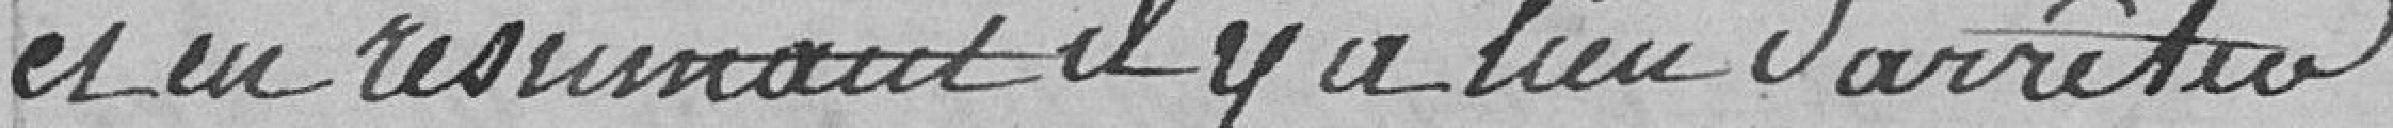
et en résumant il y a lieu d'arrêter